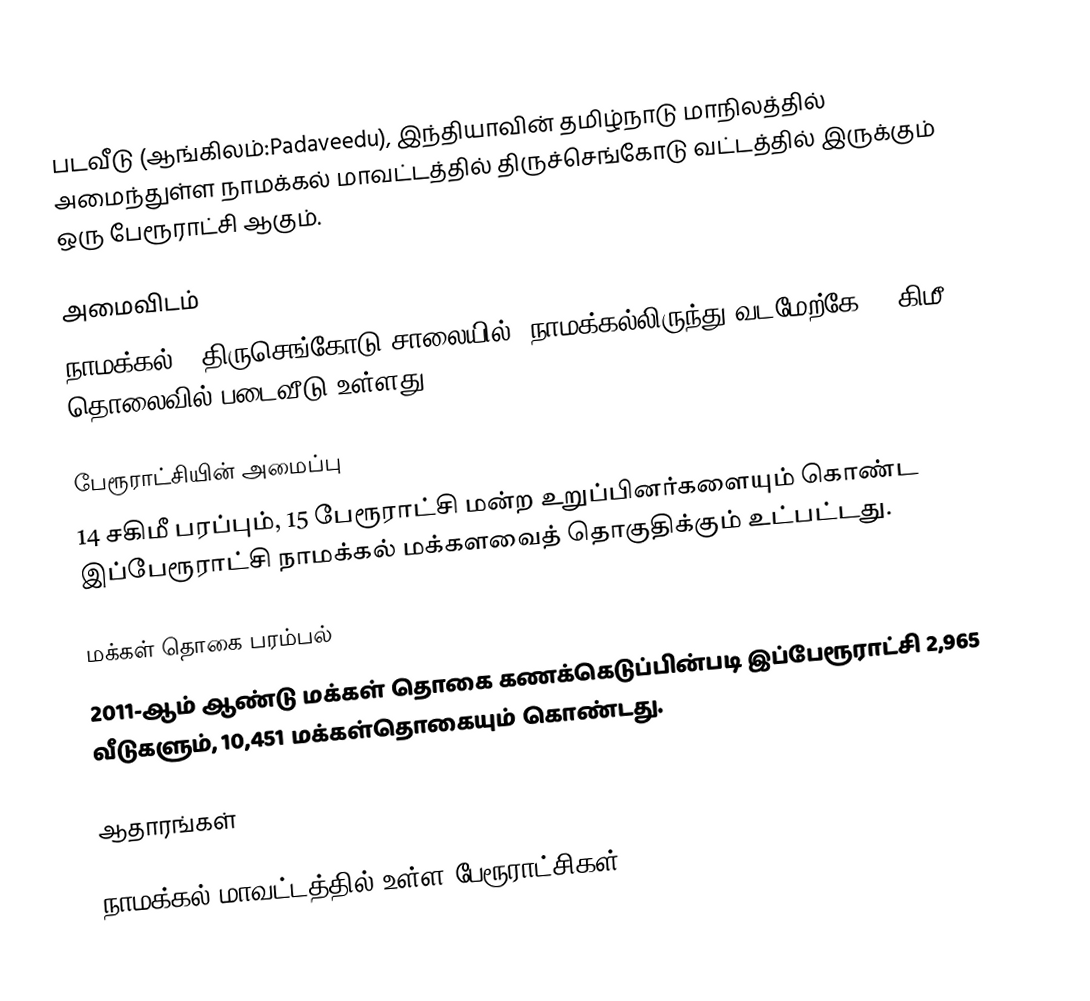
படவீடு (ஆங்கிலம்:Padaveedu), இந்தியாவின் தமிழ்நாடு மாநிலத்தில் அமைந்துள்ள நாமக்கல் மாவட்டத்தில் திருச்செங்கோடு வட்டத்தில் இருக்கும் ஒரு பேரூராட்சி ஆகும்.

அமைவிடம்
நாமக்கல் - திருசெங்கோடு சாலையில், நாமக்கல்லிருந்து வடமேற்கே 53 கிமீ தொலைவில் படைவீடு உள்ளது.

பேரூராட்சியின் அமைப்பு
14 சகிமீ பரப்பும்,  15 பேரூராட்சி மன்ற  உறுப்பினர்களையும் கொண்ட இப்பேரூராட்சி நாமக்கல் மக்களவைத் தொகுதிக்கும் உட்பட்டது.

மக்கள் தொகை பரம்பல்
2011-ஆம் ஆண்டு மக்கள் தொகை கணக்கெடுப்பின்படி  இப்பேரூராட்சி   2,965   வீடுகளும், 10,451  மக்கள்தொகையும் கொண்டது.

ஆதாரங்கள்

நாமக்கல் மாவட்டத்தில் உள்ள பேரூராட்சிகள்